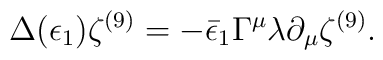
\Delta (\epsilon_1) \zeta^{(9)} = - \bar\epsilon_1 \Gamma^\mu \lambda\partial_\mu \zeta^{(9)}.